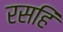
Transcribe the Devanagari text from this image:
रसहिं